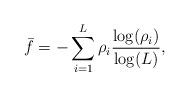
LaTeX: \begin{align*}\bar{f} = -\sum\limits_{i=1}^L\rho_i \frac{\log(\rho_i)}{\log(L)},\end{align*}